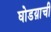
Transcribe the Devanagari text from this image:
घोडय़ाची